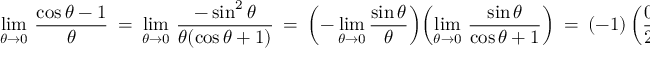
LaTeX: \operatorname* { l i m } _ { \theta \to 0 } \, { \frac { \cos \theta - 1 } { \theta } } \ = \ \operatorname* { l i m } _ { \theta \to 0 } \, { \frac { - \sin ^ { 2 } \theta } { \theta ( \cos \theta + 1 ) } } \ = \ \left( - \operatorname* { l i m } _ { \theta \to 0 } { \frac { \sin \theta } { \theta } } \right) \! \left( \operatorname* { l i m } _ { \theta \to 0 } \, { \frac { \sin \theta } { \cos \theta + 1 } } \right) \ = \ ( - 1 ) \left( { \frac { 0 } { 2 } } \right) = 0 \, .